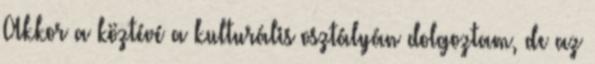
Akkor a köztévé a kulturális osztályán dolgoztam, de az